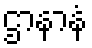
ဌာနာနံ